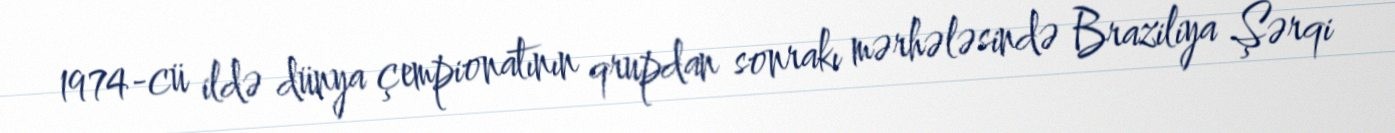
1974-cü ildə dünya çempionatının qrupdan sonrakı mərhələsində Braziliya Şərqi